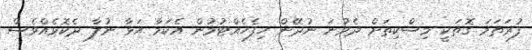
ފުރަތަމަ ގޮތަކީ މިސްކިތަށް ދެވުނަ ނުދޭން ހިފެހެއްޓުމުން އެކަމާ އަޅާ ނުލާ ދެކޮޅެއްވެސް